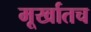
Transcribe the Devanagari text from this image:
मूर्खातच